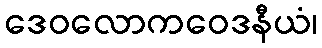
ဒေဝလောကဝေဒနီယံ၊